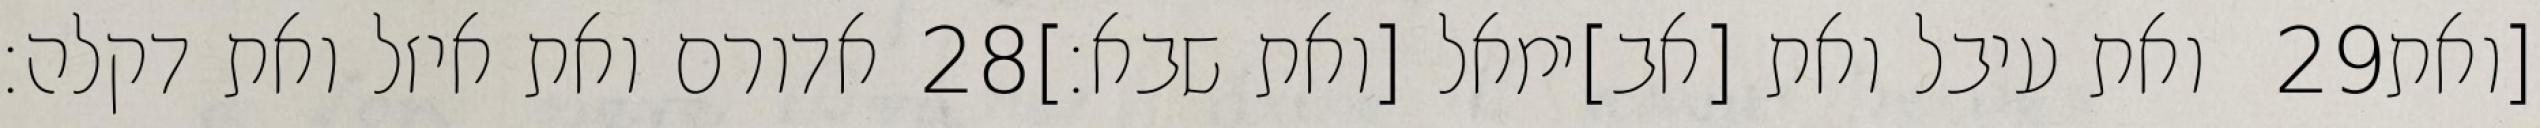
אדורם ואת איזל ואת דקלה׃ ‎28‏ ואת עיבל ואת [אב]ימאל [ואת שבא׃] ‎29‏ [ואת